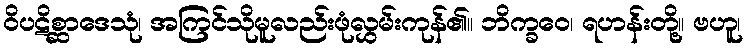
ဝိပဋိစ္ဆာဒေသုံ၊ အကြင်သိုမူလည်းဖုံလွှမ်းကုန်၏။ ဘိက္ခဝေ၊ ရဟန်းတို့။ ဗဟူ၊